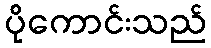
ပိုကောင်းသည်